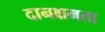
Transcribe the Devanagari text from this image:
दानक्षमता